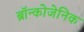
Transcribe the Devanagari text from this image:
ब्रॉन्कोजेनिक